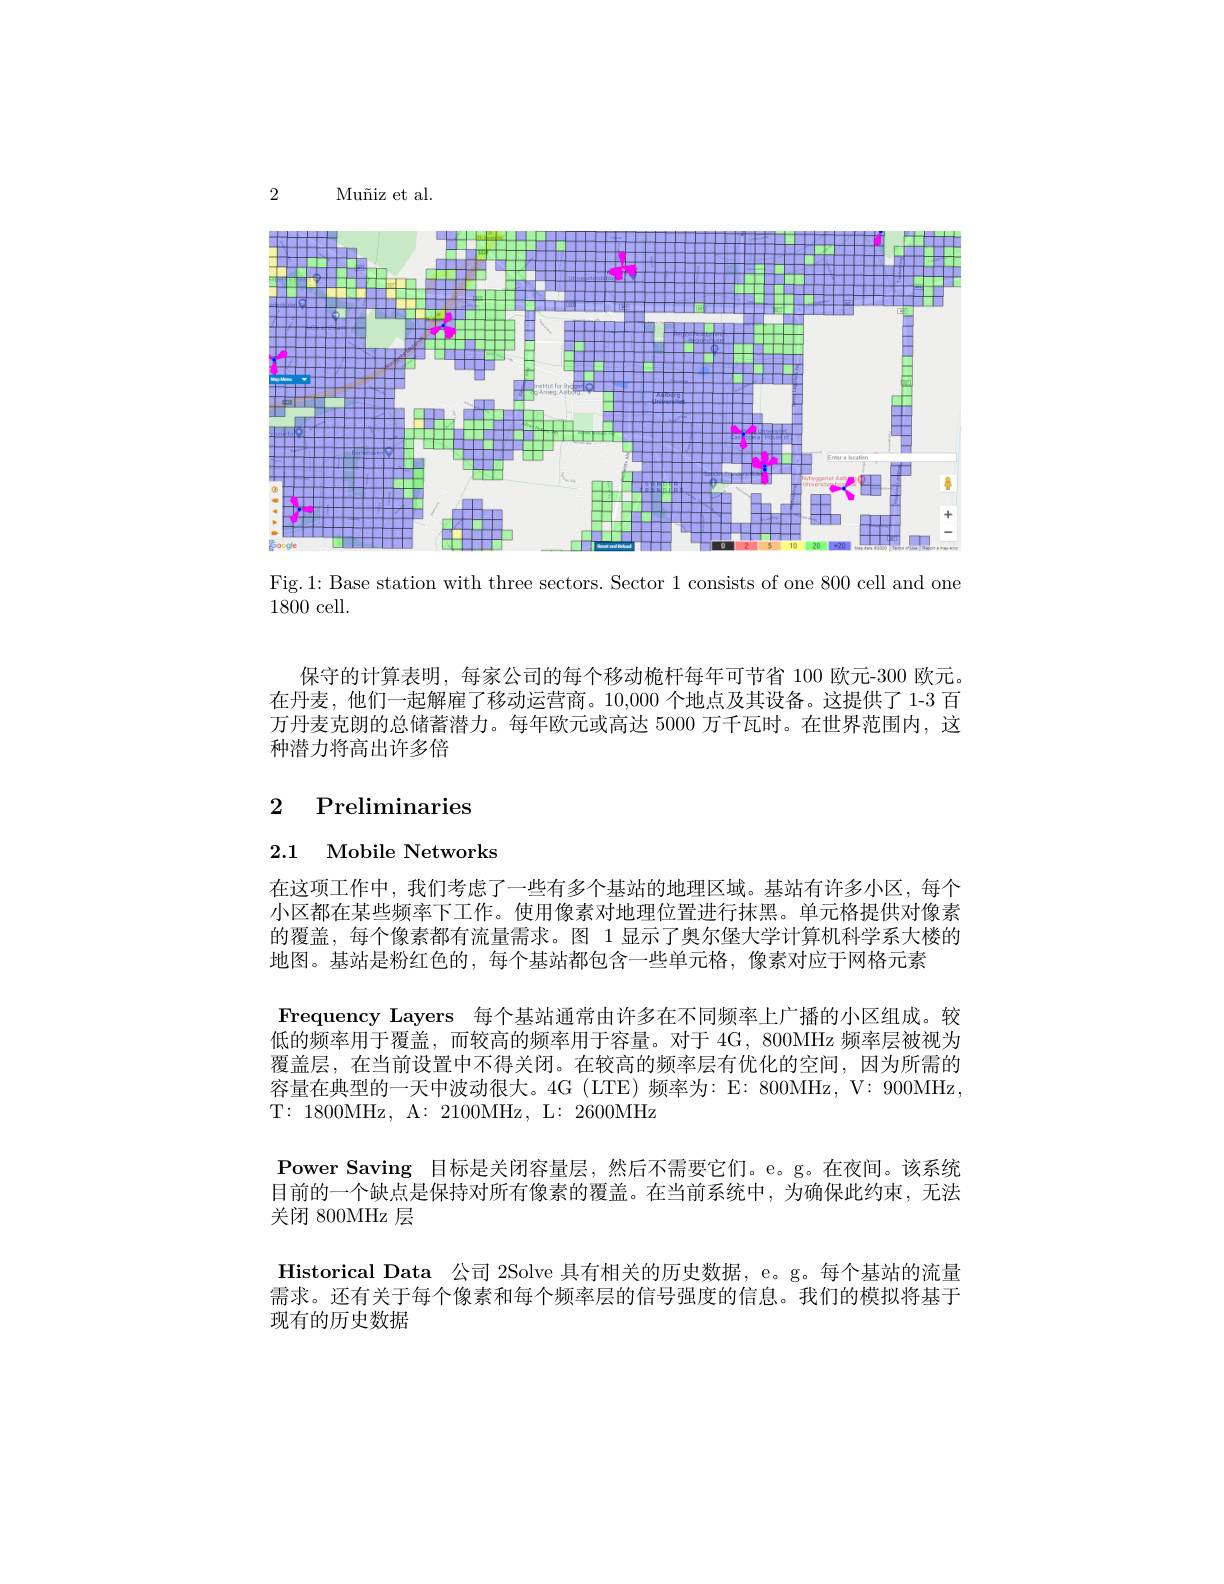
2

Mu$\~ {n}$izetal.

<FigureHere>

Fig.1: Base station with three sectors. Sector 1 consists of one 800 cell and one
1800 cell.

保守的计算表明，每家公司的每个移动桅杆每年可节省 100 欧元-300 欧元。在丹麦，他们一起解雇了移动运营商。10,000个地点及其设备。这提供了 1-3 百万丹麦克朗的总储蓄潜力。每年欧元或高达 5000 万千瓦时。在世界范围内，这种潜力将高出许多倍

# 2 Preliminaries

2.1 Mobile Networks

在这项工作中，我们考虑了一些有多个基站的地理区域。基站有许多小区，每个小区都在某些频率下工作。使用像素对地理位置进行抹黑。单元格提供对像素的覆盖，每个像素都有流量需求。图 1 显示了奥尔堡大学计算机科学系大楼的地图。基站是粉红色的，每个基站都包含一些单元格，像素对应于网格元素
Frequency Layers 每个基站通常由许多在不同频率上广播的小区组成。较低的频率用于覆盖，而较高的频率用于容量。对于 4G, 800MHz 频率层被视为覆盖层，在当前设置中不得关闭。在较高的频率层有优化的空间，因为所需的容量在典型的一天中波动很大。4G (LTE)频率为：E: 800MHz, V: 900MHz, T:1800MHz, A: 2100MHz, L: 2600MHz
$\textbf{Power Saving 目 标 是 关 闭 容 量 层 , 然 后 不 需 要 它 们 。e。g。在 夜 间 。该 系 统 }$ 目前的一个缺点是保持对所有像素的覆盖。在当前系统中，为确保此约束，无法关闭 800MHz 层
Historical Data 公司 2Solve 具有相关的历史数据，e。g。每个基站的流量需求。还有关于每个像素和每个频率层的信号强度的信息。我们的模拟将基于现有的历史数据